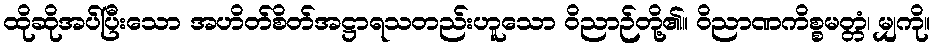
ထိုဆိုအပ်ပြီးသော အဟိတ်စိတ်အဋ္ဌာရသတည်းဟူသော ဝိညာဉ်တို့၏။ ဝိညာဏကိစ္စမတ္တံ၊ မျှကို။